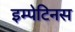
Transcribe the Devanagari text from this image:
इम्पेटिनस